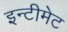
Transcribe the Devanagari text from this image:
इन्टीमेट